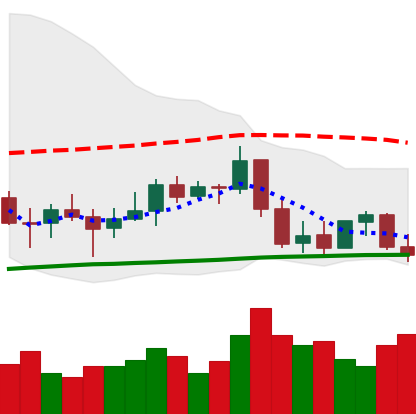
Ticker: BNB-USD
Chart end date: 2022-01-04
Forward return: -13.537%
Label: down_7plus